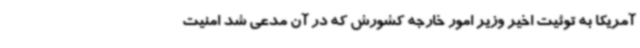
آمریکا به توئیت اخیر وزیر امور خارجه کشورش که در آن مدعی شد امنیت